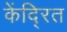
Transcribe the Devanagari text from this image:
केंदि्रत